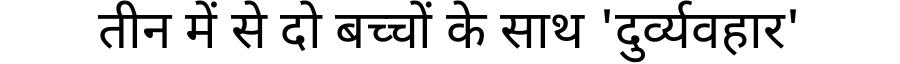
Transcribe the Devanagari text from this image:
तीन में से दो बच्चों के साथ 'दुर्व्यवहार'